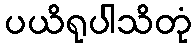
ပယိရုပါသိတုံ